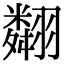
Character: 翷